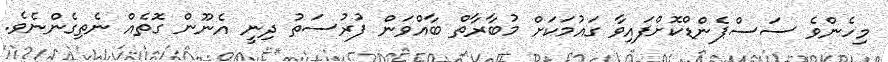
މިހެންވެ ސަސްޕެންޑްކޮށްފައިވާ ގައުމަކަށް މުބާރާތް ބާއްވަން ފުރުސަތު ދިނީ އެނޫން ގޮތެއް ނެތިގެންނެވެ.